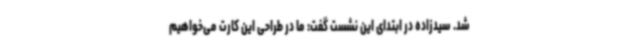
شد. سیدزاده در ابتدای این نشست گفت: ما در طراحی این کارت می‌خواهیم